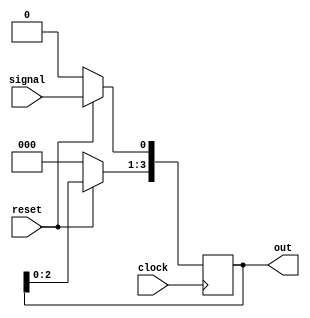
module shiftReg_4bit(input clock, input signal, input reset, output reg [3:0] out=0);

always @(posedge clock) begin
    if (!reset) out <= 0;
    else begin
        out[3:1] <= out[2:0];
        out[0] <= signal;
    end
end
endmodule